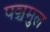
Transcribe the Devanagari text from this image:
पञ्चमुल